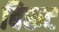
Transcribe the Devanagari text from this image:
बिरूट